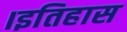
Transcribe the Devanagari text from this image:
।इतिहास